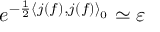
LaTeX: e ^ { - \frac { 1 } { 2 } \left\langle j ( f ) , j ( f ) \right\rangle _ { 0 } } \simeq \varepsilon